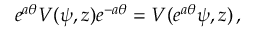
e ^ { a \theta } V ( \psi , z ) e ^ { - a \theta } = V ( e ^ { a \theta } \psi , z ) \, ,